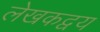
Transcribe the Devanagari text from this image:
लेखकद्वय